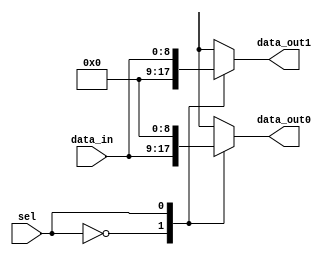
module demux
  (
   input [9-1:0] data_in,  // Input data lines

   input sel,            // Select line
   output reg [9-1:0] data_out0,              // Output data line
   output reg [9-1:0] data_out1
  );

  always @(*) begin
    data_out0 = 9'b0_0000_0000;
    data_out1 = 9'b0_0000_0000;
    case(sel)
      1'b0: data_out0 = data_in;
      1'b1: data_out1 = data_in;
    endcase
  end
endmodule